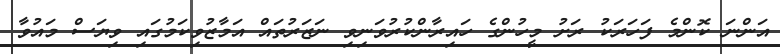
އަންނަ ކޮންމެ ފަހަރަކު ރަށު މީހުންގެ ހައިރާންކުރުވަނިވި ނަޒަރުތައް އަމާޒުވިކަމުގައި ވިޔަސް މައުވާ